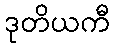
ဒုတိယကီ